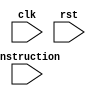
// Code your design here
`timescale 1ns / 1ps

module simple_cpu( clk, rst, instruction );

    parameter DATA_WIDTH = 8; //8 bit wide data
    parameter ADDR_BITS = 5; //32 Addresses
    parameter INSTR_WIDTH =20; //20b instruction

    input [INSTR_WIDTH-1:0] instruction;
    input clk, rst;

    //Wires for connecting to data memory    
  	wire [ADDR_BITS-1:0] addr_i;
  	wire [DATA_WIDTH-1:0] data_in_i, result2_i, data_out_i;
    wire wen_i; 
  
    
    //wire for connecting to the ALU
  	wire [DATA_WIDTH-1:0]operand_a_i, operand_b_i,result1_i;
    wire [3:0]opcode_i;
    
   
    //Wire for connecting to CU
    wire [DATA_WIDTH-1:0]offset_i;
    wire sel1_i, sel3_i;
    wire [DATA_WIDTH-1:0] operand_1_i, operand_2_i;
  wire [DATA_WIDTH-1:0] reg0_i,reg1_i,reg2_i,reg3_i;
  	

    
    
    //Instantiating an alu1
    alu #(DATA_WIDTH) alu1 (clk, operand_a_i, operand_b_i, opcode_i, result1_i);
     
    //instantiation of data memory
  reg_mem  #(DATA_WIDTH,ADDR_BITS) data_memory(addr_i, data_in_i, wen_i,  clk, data_out_i);
    
    //Instantiation of a CU
    CU  #(DATA_WIDTH,ADDR_BITS, INSTR_WIDTH) CU1(clk, rst, instruction, result2_i,
                                                 operand_1_i, operand_2_i, offset_i, opcode_i, sel1_i, sel3_i, wen_i, reg0_i, reg1_i,reg2_i,reg3_i);
    

    
    //Connect CU to ALU
    assign operand_a_i = operand_1_i;
    assign operand_b_i = (sel3_i == 0) ? operand_2_i: (sel3_i == 1) ? offset_i : 8'bx;
    
    //Connect CU to Memory
    assign data_in_i = operand_2_i;
    
    //Connect datamem to CU
    assign result2_i = (sel1_i == 0) ? data_out_i : (sel1_i == 1) ? result1_i : 8'bx;  
    
endmodule


module alu( clk, operand_a, operand_b, opcode, result);
    parameter DATA_WIDTH = 8;

    input clk;
    input[DATA_WIDTH-1:0]operand_a,operand_b;
    input [3:0] opcode;
    output reg[DATA_WIDTH-1:0] result;
    
  always@(posedge clk)
    begin
     case(opcode)
        4'b0000: //Addition
           result <= operand_a + operand_b ; 
        4'b0001: //Subtraction 
           result <= operand_a - operand_b;
        default: result <= 8'bx; 
     endcase
     
    end
endmodule

`timescale 1ns / 1ps

module CU (clk,rst, instr, result2, operand1, operand2, offset, opcode, sel1, sel3,w_r,oreg0,oreg1,oreg2,oreg3);
    //Defaults unless overwritten during instantiation
    parameter DATA_WIDTH = 8; //8 bit wide data
    parameter ADDR_BITS = 5; //32 Addresses
    parameter INSTR_WIDTH =20; 
    //INPUTS
    input clk,rst;
    input [INSTR_WIDTH-1:0]instr;
    input [DATA_WIDTH-1:0] result2;

    //OUTPUTS
    output reg [DATA_WIDTH-1:0] operand1;
    output reg [DATA_WIDTH-1:0] operand2;
    output reg [DATA_WIDTH-1:0] offset;
    output reg [3:0] opcode;
    output reg sel1, sel3, w_r;

    //creating wire to display the regfile as a EP waveform 
  	output reg [DATA_WIDTH-1:0] oreg0;
  	output reg [DATA_WIDTH-1:0] oreg1;
  	output reg [DATA_WIDTH-1:0] oreg2;
  	output reg [DATA_WIDTH-1:0] oreg3;

    //REGISTER FILE: CU internal register file of 4 registers.  This is a over simplication of a real solution
  	reg [DATA_WIDTH-1:0] regfile [0:3];
    reg [INSTR_WIDTH-1:0]instruction;
    
    //STATES
    parameter RESET = 4'b0000;
    parameter DECODE = 4'b0001;
    parameter EXECUTE = 4'b0010;
    parameter MEM_ACCESS = 4'b0100;
    parameter WRITE_BACK = 4'b1000;
        
    reg [3:0] state = RESET;
    
    
    always @(posedge clk) begin
        instruction = instr;
        case (state)
            RESET : begin //#0
                if (instruction[19:18] == 2'b00)  begin
                    state = RESET; 
                    end else begin
                    state = DECODE; //#1
                    end
                //-----------------------------
                //Write initial values to regfile
                regfile[0]<= 8'd0;
                regfile[1]<= 8'd1;
                regfile[2]<= 8'd2;
                regfile[3]<= 8'd3;

                //Set output reset defaults
                operand1 <= #(DATA_WIDTH)'d0;
                operand2 <= #(DATA_WIDTH)'d0;
                offset <= #(DATA_WIDTH)'d0;
                opcode <= 4'b1111;
                sel1 <= 0;
                sel3 <= 0;
                w_r <= 0;
                //-----------------------------

                // initialize the values 
                oreg0 <=  regfile[0];
  				oreg1 <=  regfile[1];
 				oreg2 <=  regfile[2];
  				oreg3 <=  regfile[3];
            end

            DECODE : begin //#1
                state = EXECUTE; //#2
                if (instruction[19:18] == 2'b1) begin //std_op
                    operand1 <= regfile[instruction[15:14]]; //X2
                    operand2 <= regfile[instruction[13:12]]; //X3
                    offset <= instruction[11:4];
                    opcode <= instruction[3:0];
                    sel1 <= 1;
                    sel3 <= 0;
                    w_r <= 0;
                    //copying 

                    oreg0 <=  regfile[0];
  				    oreg1 <=  regfile[1];
 				    oreg2 <=  regfile[2];
  			        oreg3 <=  regfile[3];

                end else if (instruction[19:18] == 2'b10) begin //loadR 
                    operand1 <= regfile[instruction[15:14]]; //X2
                    operand2 <= regfile[instruction[17:16]]; //z
                    offset <= instruction[11:4];
                    opcode <= instruction[3:0];
                    sel1 <= 0; //pass data_out
                    sel3 <= 1; //pass offset
                    w_r <= 0;
                  
					oreg0 <=  regfile[0];
  					oreg1 <=  regfile[1];
 				 	oreg2 <=  regfile[2];
  					oreg3 <=  regfile[3];
                end else if (instruction[19:18] == 2'b11) begin //storeR 
                    operand1 <= regfile[instruction[15:14]]; //X2
                    operand2 <= regfile[instruction[17:16]]; //z
                    offset <= instruction[11:4];
                    opcode <= instruction[3:0];
                    sel1 <= 0; //pass data_out
                    sel3 <= 0; //pass offset
                    w_r <= 1;
                  
           
                	oreg0 <=  regfile[0];
  					oreg1 <=  regfile[1];
 				 	oreg2 <=  regfile[2];
  					oreg3 <=  regfile[3];
                end
            end
            EXECUTE: begin //#2
                state = MEM_ACCESS; //#3
                if (instruction[19:18] == 2'b01) begin //std_op
                    state = WRITE_BACK;
                    operand1 <= regfile[instruction[15:14]]; //X2
                    operand2 <= regfile[instruction[13:12]]; //X3
                    offset <= instruction[11:4];
                    opcode <= instruction[3:0];
                    sel1 <= 1;
                    sel3 <= 0;
                    w_r <= 0;

                    oreg0 <=  regfile[0];
  					oreg1 <=  regfile[1];
 				 	oreg2 <=  regfile[2];
  					oreg3 <=  regfile[3];


                end else if (instruction[19:18] == 2'b10) begin //loadR  
                    operand1 <= regfile[instruction[15:14]]; //X2
                    operand2 <= regfile[instruction[17:16]]; //z
                    offset <= instruction[11:4];
                    opcode <= instruction[3:0];
                    sel1 <= 0; //pass data_out
                    sel3 <= 1; //pass offset
                    w_r <= 0;

                    oreg0 <=  regfile[0];
  					oreg1 <=  regfile[1];
 				 	oreg2 <=  regfile[2];
  					oreg3 <=  regfile[3];

                end else if (instruction[19:18] == 2'b11) begin //storeR
                    operand1 <= regfile[instruction[15:14]]; //X2
                    operand2 <= regfile[instruction[17:16]]; //z
                    offset <= instruction[11:4];
                    opcode <= instruction[3:0];
                    sel1 <= 0; //pass Result1
                    sel3 <= 1; //pass offset(changed to 1)
                    w_r <= 1;
                
                  	oreg0 <=  regfile[0];
  					oreg1 <=  regfile[1];
 				 	oreg2 <=  regfile[2];
  					oreg3 <=  regfile[3];
                end
            end
            MEM_ACCESS: begin //#3
                state = WRITE_BACK; //#4
                if (instruction[19:18] == 2'b10) begin //loadR             
                    operand1 <= regfile[instruction[15:14]]; //X2
                    operand2 <= regfile[instruction[17:16]]; //z
                    offset <= instruction[11:4];
                    opcode <= instruction[3:0];
                    sel1 <= 0; //pass data_out
                    sel3 <= 1; //pass offset
                    w_r <= 0;

                    oreg0 <=  regfile[0];
  					oreg1 <=  regfile[1];
 				 	oreg2 <=  regfile[2];
  					oreg3 <=  regfile[3];

                end else if (instruction[19:18] == 2'b11) begin //storeR 
                    operand1 <= regfile[instruction[15:14]]; //X2
                    operand2 <= regfile[instruction[17:16]]; //z
                    offset <= instruction[11:4];
                    opcode <= instruction[3:0];
                    sel1 <= 0; //pass Result1
                    sel3 <= 1; //pass offset(changed to 1)
                    w_r <= 0;// from 1;
                    state = DECODE;
                  
                  	oreg0 <=  regfile[0];
  					oreg1 <=  regfile[1];
 				 	oreg2 <=  regfile[2];
  					oreg3 <=  regfile[3];
                end
            end
            WRITE_BACK: begin //#4
                state = DECODE; //#1
                if (instruction[19:18] == 2'b01) begin //std_op
                    regfile[instruction[17:16]] <= result2; //X1

                    operand1 <= regfile[instruction[15:14]]; //X2
                    operand2 <= regfile[instruction[13:12]]; //X3
                    offset <= instruction[11:4];
                    opcode <= instruction[3:0];
                    sel1 <= 1;
                    sel3 <= 0;
                    w_r <= 0;

                    oreg0 <=  regfile[0];
  					oreg1 <=  regfile[1];
 				 	oreg2 <=  regfile[2];
  					oreg3 <=  regfile[3];
                end else if (instruction[19:18] == 2'b11) begin //storeR 
                    operand1 <= regfile[instruction[15:14]]; //X2
                    operand2 <= regfile[instruction[17:16]]; //z
                    offset <= instruction[11:4];
                    opcode <= instruction[3:0];
                    sel1 <= 0; //pass Result1
                    sel3 <= 0; //pass offset
                    w_r <= 1;
                   
                  	oreg0 <=  regfile[0];
  					oreg1 <=  regfile[1];
 				 	oreg2 <=  regfile[2];
  					oreg3 <=  regfile[3];
                end else if (instruction[19:18] == 2'b10) begin //loadR             
                    regfile[instruction[17:16]] <= result2; //From data mem
                    operand1 <= regfile[instruction[15:14]]; //X2
                    operand2 <= regfile[instruction[17:16]]; //z
                    offset <= instruction[11:4];
                    opcode <= instruction[3:0];
                    sel1 <= 0; //pass data_out
                    sel3 <= 1; //pass offset
                    w_r <= 0;

                    oreg0 <=  regfile[0];
  					oreg1 <=  regfile[1];
 				 	oreg2 <=  regfile[2];
  					oreg3 <=  regfile[3];
                end
            end

            default: // Fault Recovery
            state = RESET; //#0
        endcase
    end
endmodule

`timescale 1ns / 1ps

module reg_mem (addr, data_in, wen, clk, data_out);

    parameter DATA_WIDTH = 8; //8 bit wide data
    parameter ADDR_BITS = 5; //32 Addresses

    input [ADDR_BITS-1:0] addr;
    input [DATA_WIDTH-1:0] data_in;
    input wen;
    input clk;
    output [DATA_WIDTH-1:0] data_out;

    reg [DATA_WIDTH-1:0] data_out;

    //8 memory locations each storing a 4bits wide value
    reg [DATA_WIDTH-1:0] mem_array [(2**ADDR_BITS)-1:0];

    always @(posedge clk) begin

        if (wen) begin //Write
            mem_array [addr] <= data_in;
            data_out <= #(DATA_WIDTH)'b0;
        end

        else begin //Read
            data_out <= mem_array[addr];
        end
    end

endmodule